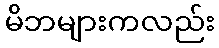
မိဘများကလည်း